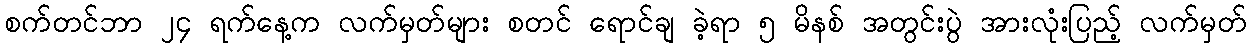
စက်တင်ဘာ ၂၄ ရက်နေ့က လက်မှတ်များ စတင် ရောင်ချ ခဲ့ရာ ၅ မိနစ် အတွင်းပွဲ အားလုံးပြည့် လက်မှတ်